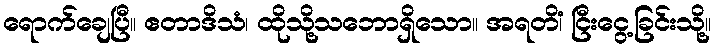
ရောက်ချေပြီ။ ဧတာဒိသံ၊ ထိုသို့သဘောရှိသော။ အရတိံ၊ ငြီးငွေ့ခြင်းသို့။